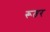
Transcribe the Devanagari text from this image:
रूतर